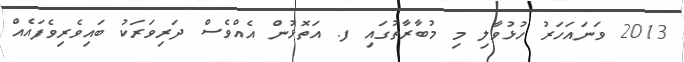
2013 ވަނައަހަރު ހުޅުވާލި މި މުބާރާތުގައި ފ. އަތޮޅުން އެއްވެސް ދަރިވަރަކު ބައިވެރިވެފައެއް